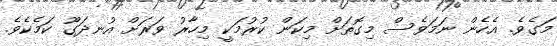
މަގެވެ. އެހެން ނަމަވެސް މިގޮތަށް މިކަން ކުރުމަކީ މިހާރު ވަރަށް އުނދަގޫ ކަމެކެވެ.